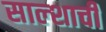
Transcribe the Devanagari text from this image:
साल्शाची